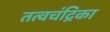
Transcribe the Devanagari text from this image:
तत्वचंद्रिका